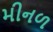
મીનળ